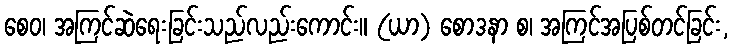
စေဝ၊ အကြင်ဆဲရေးခြင်းသည်လည်းကောင်း။ (ယာ) စောဒနာ စ၊ အကြင်အပြစ်တင်ခြင်း,